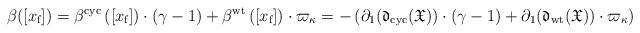
LaTeX: \begin{align*}\beta([x_{\textup{f}}])=\beta^{\textup{cyc}}\left(\left[x_{\textup{f}}\right]\right)\cdot(\gamma-1)+\beta^{\textup{wt}}\left(\left[x_{\textup{f}}\right]\right)\cdot\varpi_\kappa=-\left(\partial_1(\frak{d}_{\textup{cyc}}(\frak{X}))\cdot(\gamma-1)+\partial_1(\frak{d}_{\textup{wt}}(\frak{X}))\cdot\varpi_{\kappa}\right)\end{align*}